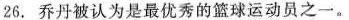
26.乔丹被认为是最优秀的篮球运动员之一。